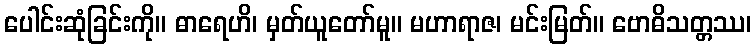
ပေါင်းဆုံခြင်းကို။ ဓာရေဟိ၊ မှတ်ယူတော်မူ။ မဟာရာဇ၊ မင်းမြတ်။ ဗောဓိသတ္တဿ၊